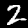
Digit: 2